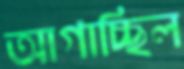
আগাচ্ছিল